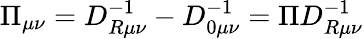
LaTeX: \Pi_{\mu\nu}=D_{R\mu\nu}^{-1}-D_{0\mu\nu}^{-1}=\Pi D_{R\mu\nu}^{-1}